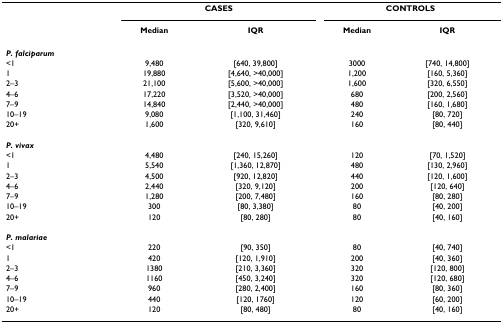
<table><thead><tr><td></td><td colspan="2"><b>CASES</b></td><td colspan="2"><b>CONTROLS</b></td></tr><tr><td></td><td><b>Median</b></td><td><b>IQR</b></td><td><b>Median</b></td><td><b>IQR</b></td></tr></thead><tbody><tr><td><b><i>P. falciparum</i></b></td><td></td><td></td><td></td><td></td></tr><tr><td>&lt;1</td><td>9,480</td><td>[640, 39,800]</td><td>3000</td><td>[740, 14,800]</td></tr><tr><td>1</td><td>19,880</td><td>[4,640, &gt;40,000]</td><td>1,200</td><td>[160, 5,360]</td></tr><tr><td>2–3</td><td>21,100</td><td>[5,600, &gt;40,000]</td><td>1,600</td><td>[320, 6,550]</td></tr><tr><td>4–6</td><td>17,220</td><td>[3,520, &gt;40,000]</td><td>680</td><td>[200, 2,560]</td></tr><tr><td>7–9</td><td>14,840</td><td>[2,440, &gt;40,000]</td><td>480</td><td>[160, 1,680]</td></tr><tr><td>10–19</td><td>9,080</td><td>[1,100, 31,460]</td><td>240</td><td>[80, 720]</td></tr><tr><td>20+</td><td>1,600</td><td>[320, 9,610]</td><td>160</td><td>[80, 440]</td></tr><tr><td><b><i>P. vivax</i></b></td><td></td><td></td><td></td><td></td></tr><tr><td>&lt;1</td><td>4,480</td><td>[240, 15,260]</td><td>120</td><td>[70, 1,520]</td></tr><tr><td>1</td><td>5,540</td><td>[1,360, 12,870]</td><td>480</td><td>[130, 2,960]</td></tr><tr><td>2–3</td><td>4,500</td><td>[920, 12,820]</td><td>440</td><td>[120, 1,600]</td></tr><tr><td>4–6</td><td>2,440</td><td>[320, 9,120]</td><td>200</td><td>[120, 640]</td></tr><tr><td>7–9</td><td>1,280</td><td>[200, 7,480]</td><td>160</td><td>[80, 280]</td></tr><tr><td>10–19</td><td>300</td><td>[80, 3,380]</td><td>80</td><td>[40, 200]</td></tr><tr><td>20+</td><td>120</td><td>[80, 280]</td><td>80</td><td>[40, 160]</td></tr><tr><td><b><i>P. malariae</i></b></td><td></td><td></td><td></td><td></td></tr><tr><td>&lt;1</td><td>220</td><td>[90, 350]</td><td>80</td><td>[40, 740]</td></tr><tr><td>1</td><td>420</td><td>[120, 1,910]</td><td>200</td><td>[40, 360]</td></tr><tr><td>2–3</td><td>1380</td><td>[210, 3,360]</td><td>320</td><td>[120, 800]</td></tr><tr><td>4–6</td><td>1160</td><td>[450, 3,240]</td><td>320</td><td>[120, 680]</td></tr><tr><td>7–9</td><td>960</td><td>[280, 2,400]</td><td>160</td><td>[80, 360]</td></tr><tr><td>10–19</td><td>440</td><td>[120, 1760]</td><td>120</td><td>[60, 200]</td></tr><tr><td>20+</td><td>120</td><td>[80, 480]</td><td>80</td><td>[40, 160]</td></tr></tbody></table>